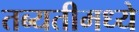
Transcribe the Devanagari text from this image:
तब्यतीमध्ये